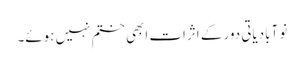
نو آبادیاتی دور کے اثرات ابھی ختم نہیں ہوئے۔